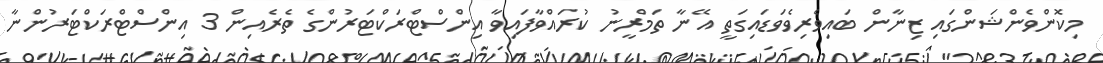
މިކޮންވެންޝަންގައި ޒިނާން ބައިވެރިވެވަޑައިގަތީ އޭނާ ތަމްރީނު ކުރައްވާފައިވާ އިންސްޓްރަކްޓަރުންގެ ތެރެއިން 3 އިންސްޓްރަކްޓަރުންނާ